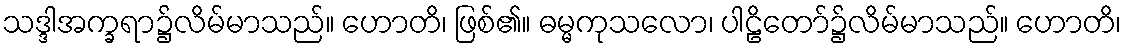
သဒ္ဒါအက္ခရာ၌လိမ်မာသည်။ ဟောတိ၊ ဖြစ်၏။ ဓမ္မကုသလော၊ ပါဠိတော်၌လိမ်မာသည်။ ဟောတိ၊